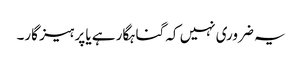
یہ ضروری نہیں کہ گناہگار ہے یا پرہیز گار۔